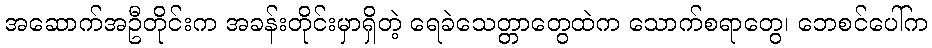
အဆောက်အဦတိုင်းက အခန်းတိုင်းမှာရှိတဲ့ ရေခဲသေတ္တာတွေထဲက သောက်စရာတွေ၊ ဘေစင်ပေါ်က